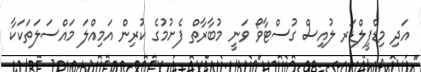
އަދި މިޑްފީލްޑަރ ލުއިސް ގުސްޓާވޯ ވަނީ މުބާރާތް ފެށުމުގެ ކުރިން އަމިއްލަ މައްސަލަތަކަކާ